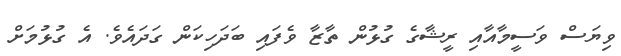
ވިޔަސް ވަސީމާއާއި ރީޝާގެ ގުޅުން ތާޒާ ވެފައި ބަދަހިކަން ގަދައެވެ. އެ ގުޅުމަށް